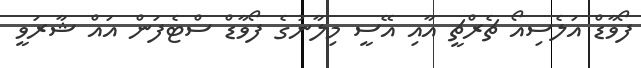
ފޯވާޑް އަލެސިއޯ ޗެރްޗީ އާއި އޭސީ މިލާނުގެ ފޯވާޑް ސްޓެފަން އައް ޝާރަވީ